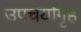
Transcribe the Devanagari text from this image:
उपचर्यागृह